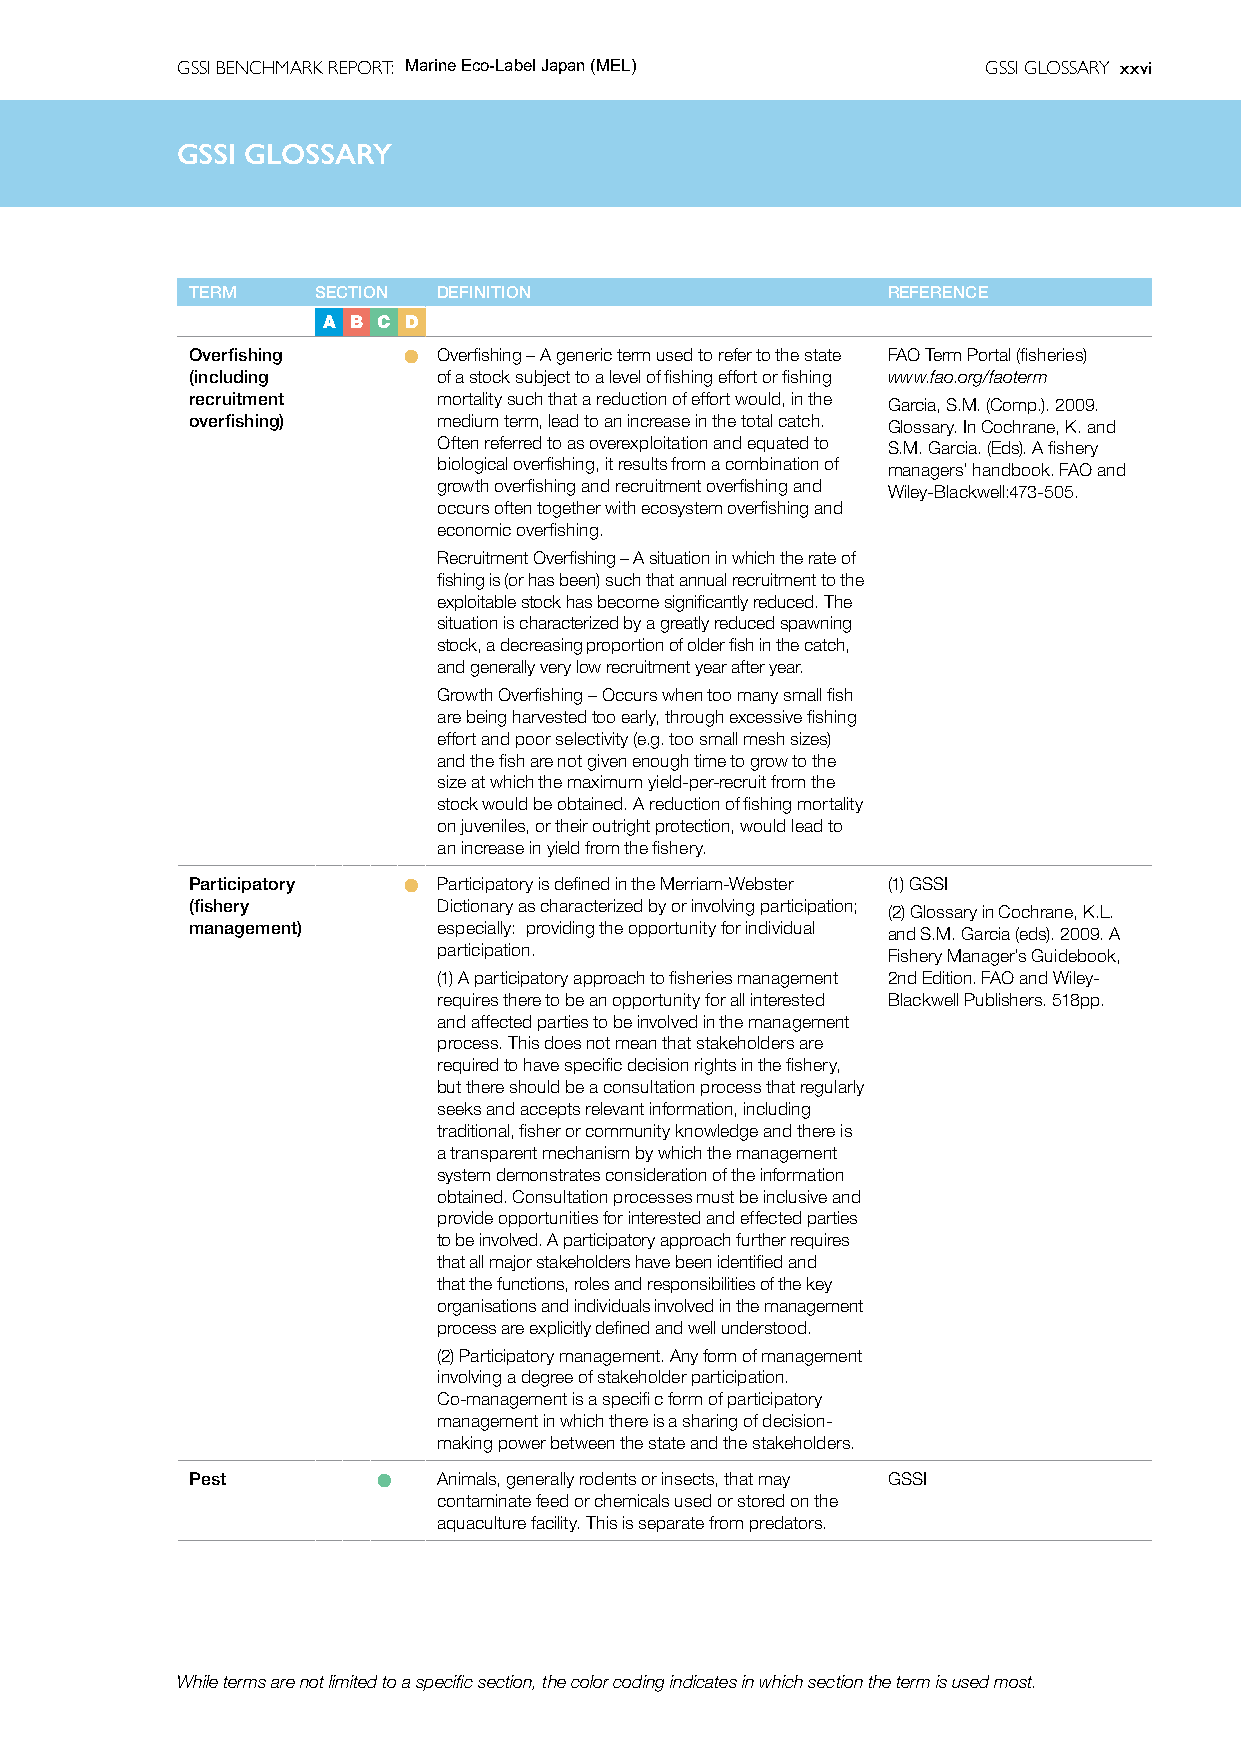
GSSI BENCHMARK REPORT: Marine Eco-Label Japan (MEL)  GSSI GLOSSARY xxvi
 GSSIG  GSSIl oGsLOsaSSrAyRY
 TERM    SECTION DEFINITION                    REFERENCE
 A B C D
 Overfishing   l Overfishing – A generic term used to refer to the state FAO Term Portal (fisheries)
 (including      of a stock subject to a level of fishing effort or fishing www.fao.org/faoterm
 recruitment     mortality such that a reduction of effort would, in the Garcia, S.M. (Comp.). 2009.
 overfishing)    medium term, lead to an increase in the total catch. Glossary. In Cochrane, K. and
 Often referred to as overexploitation and equated to S.M. Garcia. (Eds). A fishery
 biological overfishing, it results from a combination of managers’ handbook. FAO and
 growth overfishing and recruitment overfishing and Wiley-Blackwell:473-505.
 occurs often together with ecosystem overfishing and
 economic overfishing.
 Recruitment Overfishing – A situation in which the rate of
 fishing is (or has been) such that annual recruitment to the
 exploitable stock has become significantly reduced. The
 situation is characterized by a greatly reduced spawning
 stock, a decreasing proportion of older fish in the catch,
 and generally very low recruitment year after year.
 Growth Overfishing – Occurs when too many small fish
 are being harvested too early, through excessive fishing
 effort and poor selectivity (e.g. too small mesh sizes)
 and the fish are not given enough time to grow to the
 size at which the maximum yield-per-recruit from the
 stock would be obtained. A reduction of fishing mortality
 on juveniles, or their outright protection, would lead to
 an increase in yield from the fishery.
 Participatory l Participatory is defined in the Merriam-Webster (1)GSSI
 (fishery        Dictionary as characterized by or involving participation; (2)Glossary in Cochrane, K.L.
 management)     especially: providing the opportunity for individual and S.M. Garcia (eds). 2009. A
 participation.                Fishery Manager’s Guidebook,
 (1)A participatory approach to fisheries management 2nd Edition. FAO and Wiley-
 requires there to be an opportunity for all interested Blackwell Publishers. 518pp.
 and affected parties to be involved in the management
 process. This does not mean that stakeholders are
 required to have specific decision rights in the fishery,
 but there should be a consultation process that regularly
 seeks and accepts relevant information, including
 traditional, fisher or community knowledge and there is
 a transparent mechanism by which the management
 system demonstrates consideration of the information
 obtained. Consultation processes must be inclusive and
 provide opportunities for interested and effected parties
 to be involved. A participatory approach further requires
 that all major stakeholders have been identified and
 that the functions, roles and responsibilities of the key
 organisations and individuals involved in the management
 process are explicitly defined and well understood.
 (2)Participatory management. Any form of management
 involving a degree of stakeholder participation.
 Co-management is a specifi c form of participatory
 management in which there is a sharing of decision-
 making power between the state and the stakeholders.
 Pest        l   Animals, generally rodents or insects, that may GSSI
 contaminate feed or chemicals used or stored on the
 aquaculture facility. This is separate from predators.
 While terms are not limited to a specific section, the color coding indicates in which section the term is used most.